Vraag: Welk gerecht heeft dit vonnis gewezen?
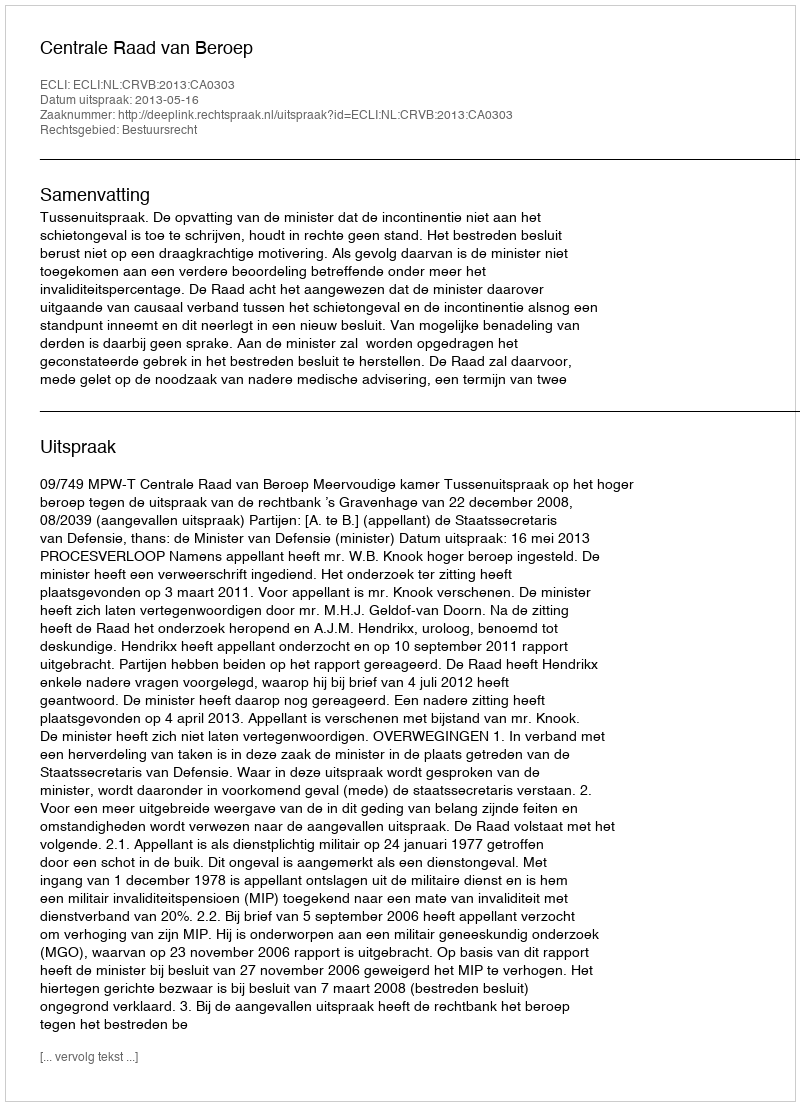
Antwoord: Centrale Raad van Beroep